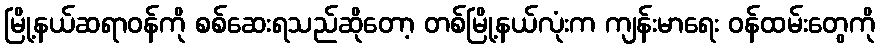
မြို့နယ်ဆရာဝန်ကို စစ်ဆေးရသည်ဆိုတော့ တစ်မြို့နယ်လုံးက ကျန်းမာရေး ဝန်ထမ်းတွေကို